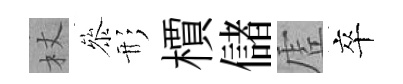
杖叅形檟儲虗卒